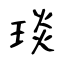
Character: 琰